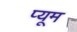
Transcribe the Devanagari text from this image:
प्यूम